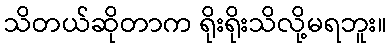
သိတယ်ဆိုတာက ရိုးရိုးသိလို့မရဘူး။